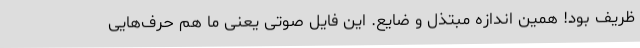
ظریف بود! همین اندازه مبتذل و ضایع. این فایل صوتی یعنی ما هم حرف‌هایی